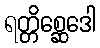
ရတ္တိစ္ဆေဒေါ